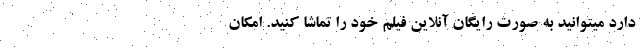
دارد میتوانید به صورت رایگان آنلاین فیلم خود را تماشا کنید. امکان